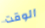
الوقت